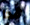
هذا